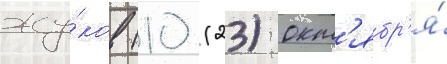
жу́ков (10 (23) окт'ябр'я́